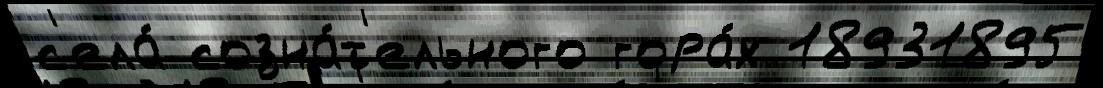
с'ела́ созна́т'ельного гора́х 18931895